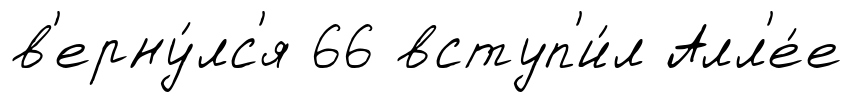
в'ерну́лс'я 66 вступ'и́л Алл'е́е